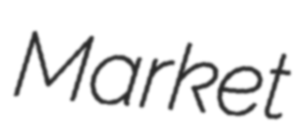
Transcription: Market